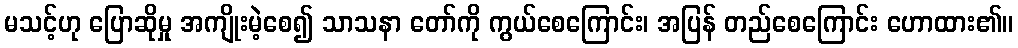
မသင့်ဟု ပြောဆိုမှု အကျိုးမဲ့စေ၍ သာသနာ တော်ကို ကွယ်စေကြောင်း၊ အပြန် တည်စေကြောင်း ဟောထား၏။